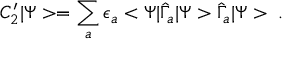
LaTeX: C _ { 2 } ^ { \prime } | \Psi > = \sum _ { a } \epsilon _ { a } < \Psi | \hat { \Gamma } _ { a } | \Psi > \hat { \Gamma } _ { a } | \Psi > \; .